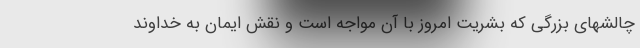
چالشهای بزرگی که بشریت امروز با آن مواجه است و نقش ایمان به خداوند